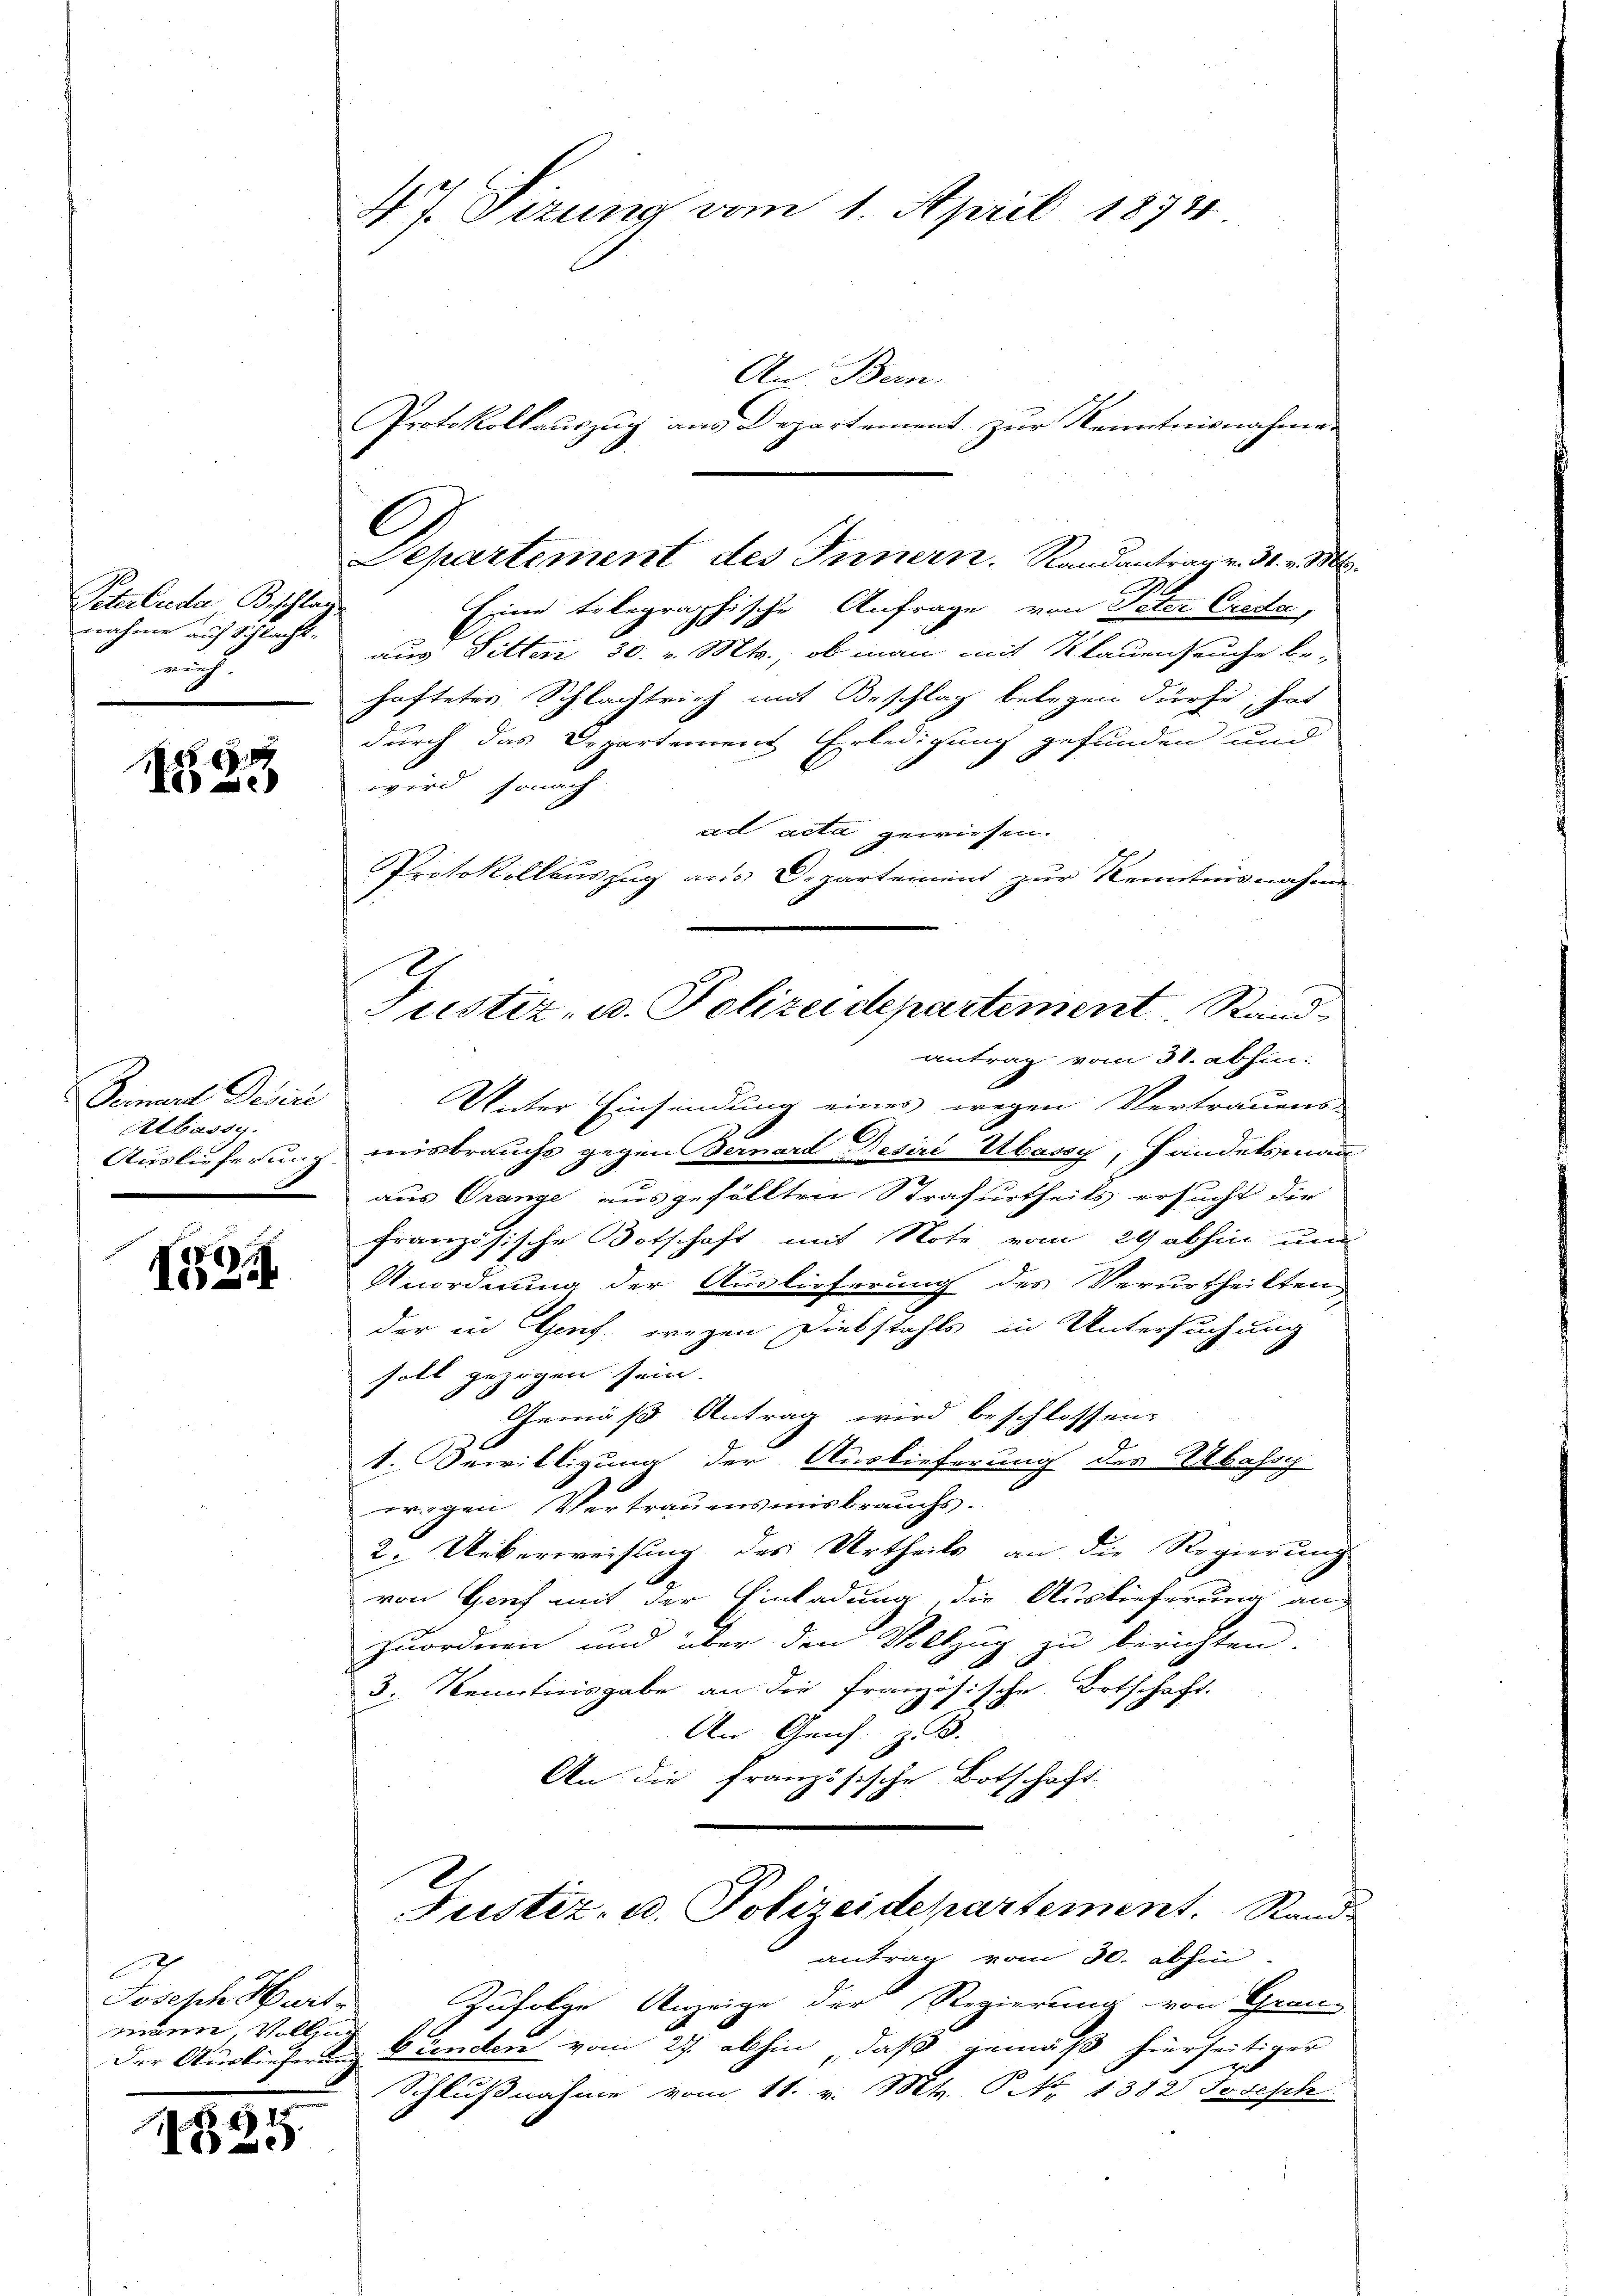
Peterbrede Bischla
nnahme auf Schlacht.
weich

.
e

Serart Devir
Albassy
Auslieferung
d

D
12

x
Joseph Hartmann, Vollzug
Der Auslieferung

1835.

47. Sizung vom 1. April 1874

An Bern.
Protokollauszug aus Departement zur Kenntnisnahme.
C
Departement des Innern. Randantrag v. 31. v. 1806.
Eine telegraphische Anfrage von Peter Creda,
aus Ditten 30. v. Mts., ob man mit Klauenseuche be-
haftetes Schlachtrich mit Beschlag belegen dürfe, hat
durch das Departement Erledigung gefunden und
wird sonach
ad acta gewiesen.
Protokollauszug aus Departement zur Kenntnisnahme
antrag vom 31. abhin:
Unter Einfindung eines wegen Vertrauens-
misbrauchs gegen Gernard Besiri Ubassy, Handelsmann
aus Grange ausgefällten Strafurtheils ersucht die
französische Botschaft mit Note vom 29 abhin und
Unordnung der Auslieferung des Verurtheilten,
der in Genf, wegen Diebstahls in Untersuchung
soll gezogen sein.
Gemäß Antrag wird beschlossen:
1. Bewilligung der Auslieferung des Abassy
wegen Vertrauensmisbrauchs.
2. Ueberweisung des Urtheils an die Regierung
von Grief mit der Einladung die Auslieferung an
zuordnen und über den Vollzug zu berichten.
3. Kenntnisgabe an die französische Botschaft.
An Gerich B.
An die französische Botschaft

Justiz- u. Polizeidepartement, Rand-

Justiz- u. Polizeidepartement. Stand

antrag vom 30. abhin
Zufolge Anzeige der Regierung von Grau-
bündten vom 27. abhin, daß gemäß hierseitiger
Schlußnahme vom 11. v. Mts. P. Nr. 1382 Joseph